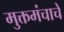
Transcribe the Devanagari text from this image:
मुक्तमंचाचे